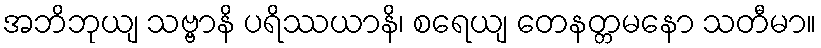
အဘိဘုယျ သဗ္ဗာနိ ပရိဿယာနိ၊ စရေယျ တေနတ္တမနော သတီမာ။